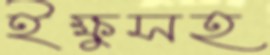
ইক্ষুসহ